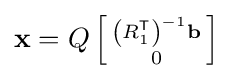
\mathbf {x} =Q\left[{\begin{smallmatrix}\left(R_{1}^{\textsf {T}}\right)^{-1}\mathbf {b} \\0\end{smallmatrix}}\right]